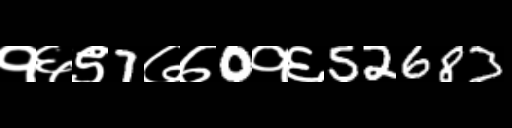
Text: १६९7७७0१६52683